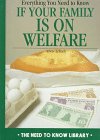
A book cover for Everything You Need to Know If Your Family Is on Welfare (Need to Know Library); Arlene Erlbach; Teen & Young Adult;